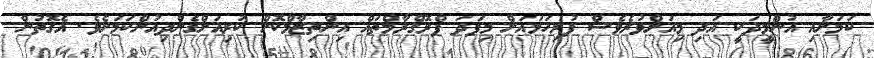
ކަމަށާއި އުންމީދަކީ އަދި މިއަށްވުރެވެސް ފުރިހަމައަށް މިފަދަ ޕްރޮގްރާމްތައް އިންތިޒާމްކޮށް ކުރިއަށްގެންދިއުންކަމަށެވެ. އެގޮތުން